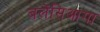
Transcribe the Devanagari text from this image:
बलेंसिआगा